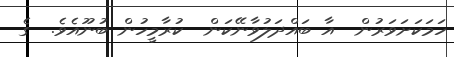
ހަމަކަށަވަރުން  އާ ބައްދަލުވާނޭކަން  ކުރާމީހުން ބުނޫއެވެ.  ގެ